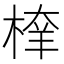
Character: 𣖂